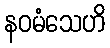
နဝမံသေဟိ